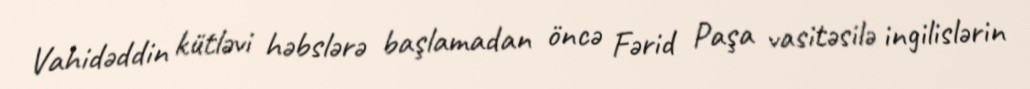
Vahidəddin kütləvi həbslərə başlamadan öncə Fərid Paşa vasitəsilə ingilislərin